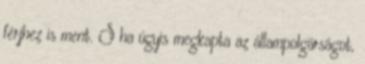
férjhez is ment. S ha úgyis megkapta az állampolgárságot,